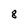
Character: 8